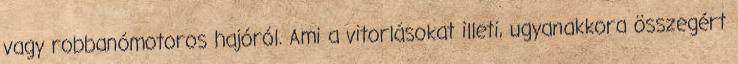
vagy robbanómotoros hajóról. Ami a vitorlásokat illeti, ugyanakkora összegért